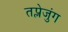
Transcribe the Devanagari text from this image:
तप्लेजुंग